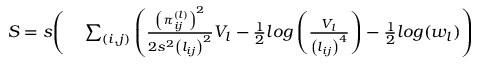
\begin{array} { r l } { S = s \Bigg ( } & { { } \sum _ { ( i , j ) } \left( \frac { \left( \pi _ { i j } ^ { ( l ) } \right) ^ { 2 } } { 2 s ^ { 2 } \left( l _ { i j } \right) ^ { 2 } } V _ { l } - \frac { 1 } { 2 } l o g \left( \frac { V _ { l } } { \left( l _ { i j } \right) ^ { 4 } } \right) - \frac { 1 } { 2 } l o g ( w _ { l } ) \right) } \end{array}